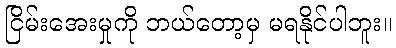
ငြိမ်းအေးမှုကို ဘယ်တော့မှ မရနိုင်ပါဘူး။